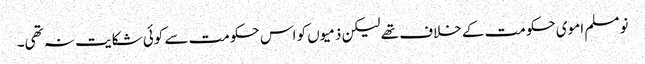
نو مسلم اموی حکومت کے خلاف تھے لیکن ذمیوں کو اس حکومت سے کوئی شکایت نہ تھی۔